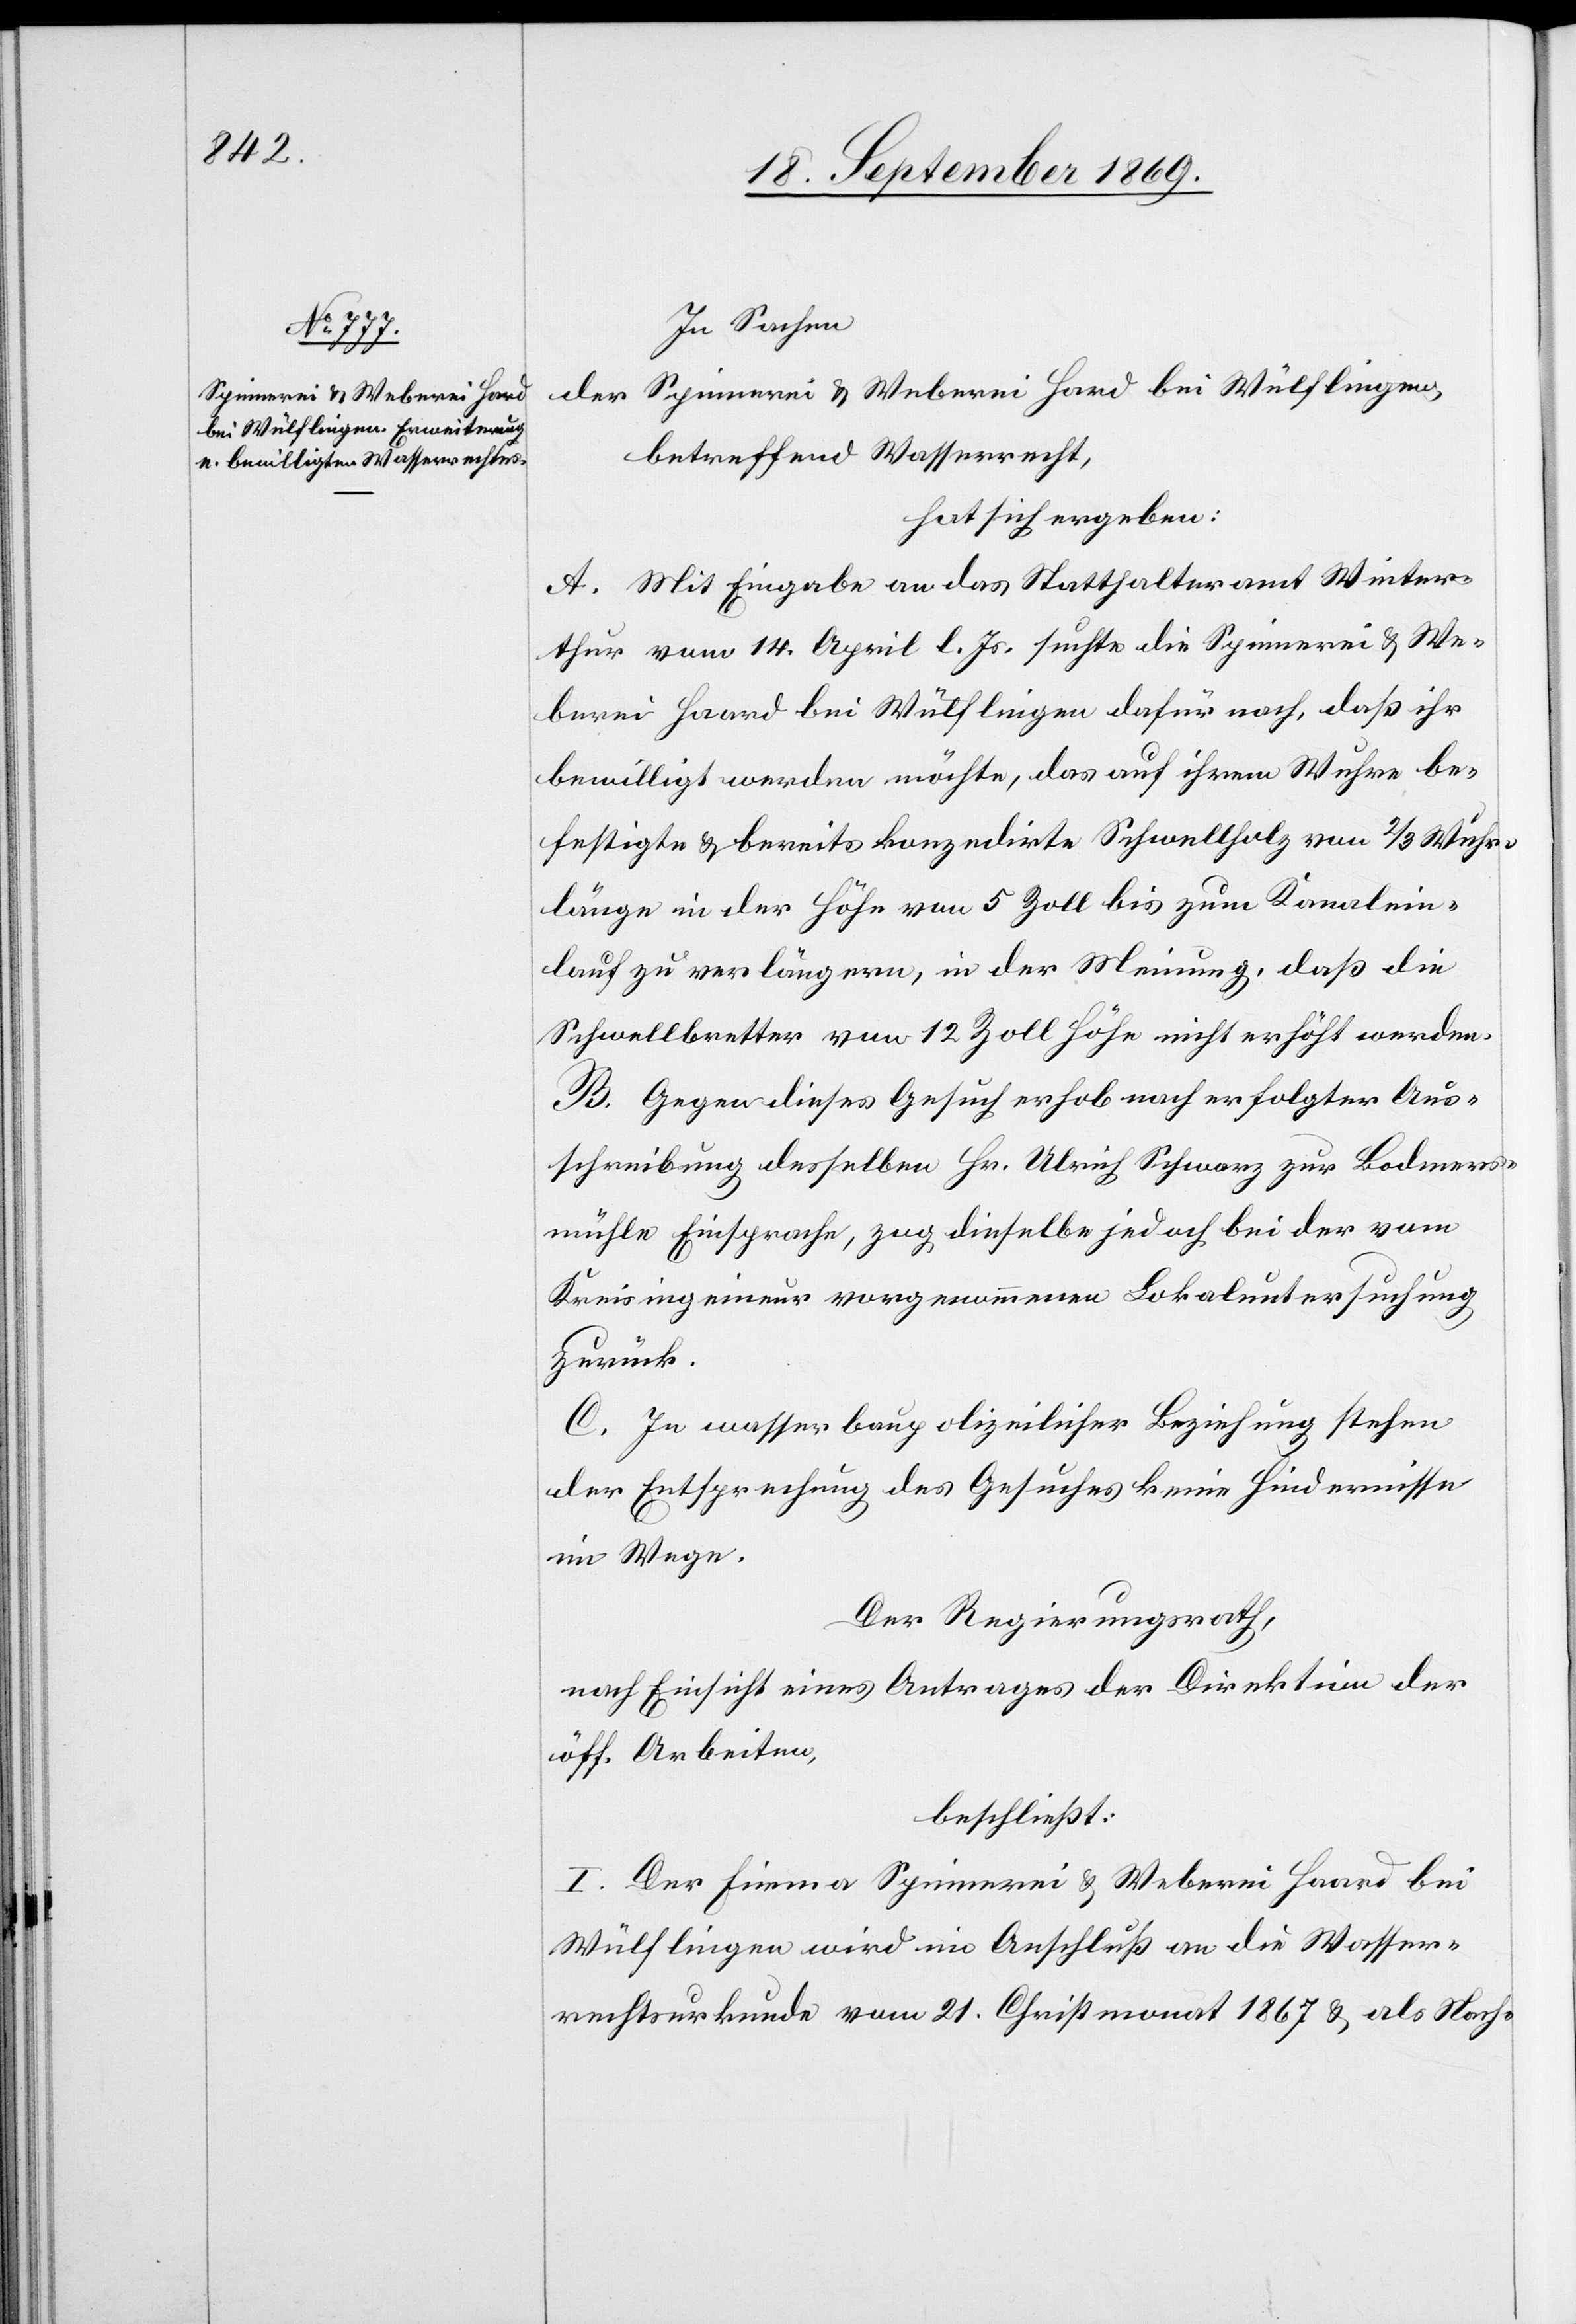
In Sachen
der Spinnerei & Weberei Hard bei Wülflingen,
betreffend Wasserrecht,
hat sich ergeben:
A. Mit Eingabe an das Statthalteramt Winter¬
thur vom 14. April l. Js. suchte die Spinnerei & We¬
berei Haard [sic!] bei Wülflingen dafür nach, daß ihr
bewilligt werden möchte, das auf ihrem Wure be¬
festigte & bereits konzedirte Schwellholz von 2/3 Wuhr¬
länge in der Höhe von 5 Zoll bis zum Kanalein¬
lauf zu verlängern, in der Meinung, daß die
Schwellbretter von 12 Zoll Höhe nicht erhöht werden.
B. Gegen dieses Gesuch erhob nach erfolgter Aus¬
schreibung desselben Hr. Ulrich Schwarz zur Bodmers¬
mühle Einsprache, zog dieselbe jedoch bei der vom
Kreisingenieur vorgenommenen Lokaluntersuchung
zurück.
C. In wasserbaupolizeilicher Beziehung stehen
der Entsprechung des Gesuches keine Hindernisse
im Wege.
Der Regierungsrath,
nach Einsicht eines Antrages der Direktion der
öff. Arbeiten,
beschließt:
I. Der Firma Spinnerei & Weberei Haard bei
Wülflingen wird im Anschluß an die Wasser¬
rechtsurkunde vom 21. Christmonat 1867 & als Nach-